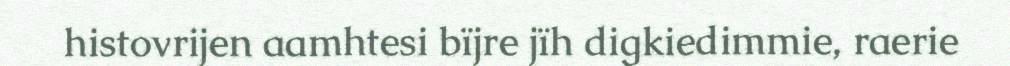
histovrijen aamhtesi bïjre jïh digkiedimmie, raerie